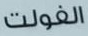
الفولت